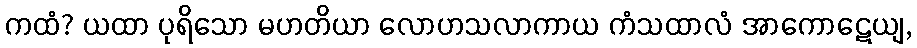
ကထံ? ယထာ ပုရိသော မဟတိယာ လောဟသလာကာယ ကံသထာလံ အာကောဋေယျ,